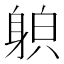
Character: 𨉍